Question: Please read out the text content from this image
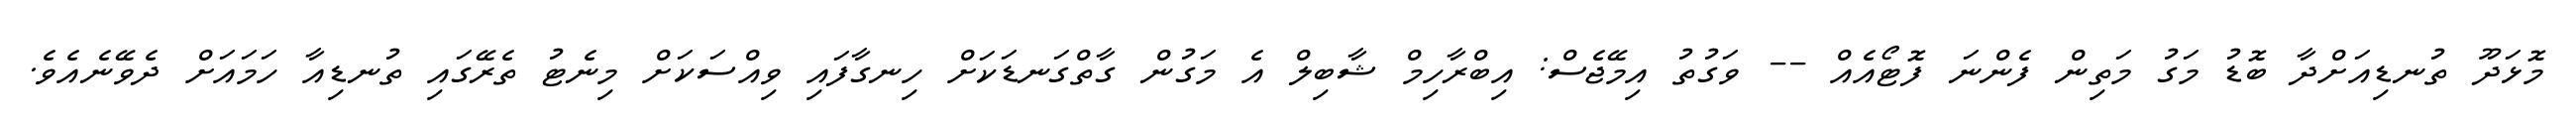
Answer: މޮޅަދޫ ތުނޑިއަށްދާ ބޮޑު މަގު މަތިން ފެންނަ ފޮޓޯއެއް -- ވަގުތު އިމޭޖެސް: އިބްރާހިމް ޝާބިލް އެ މަގުން ގާތްގަނޑަކަށް ހިނގާފައި ވިއްސަކަށް މިނެޓު ތެރޭގައި ތުނޑިއާ ހަމައަށް ދެވޭނެއެވެ.